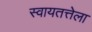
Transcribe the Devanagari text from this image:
स्वायतत्तेला